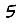
Digit: 5